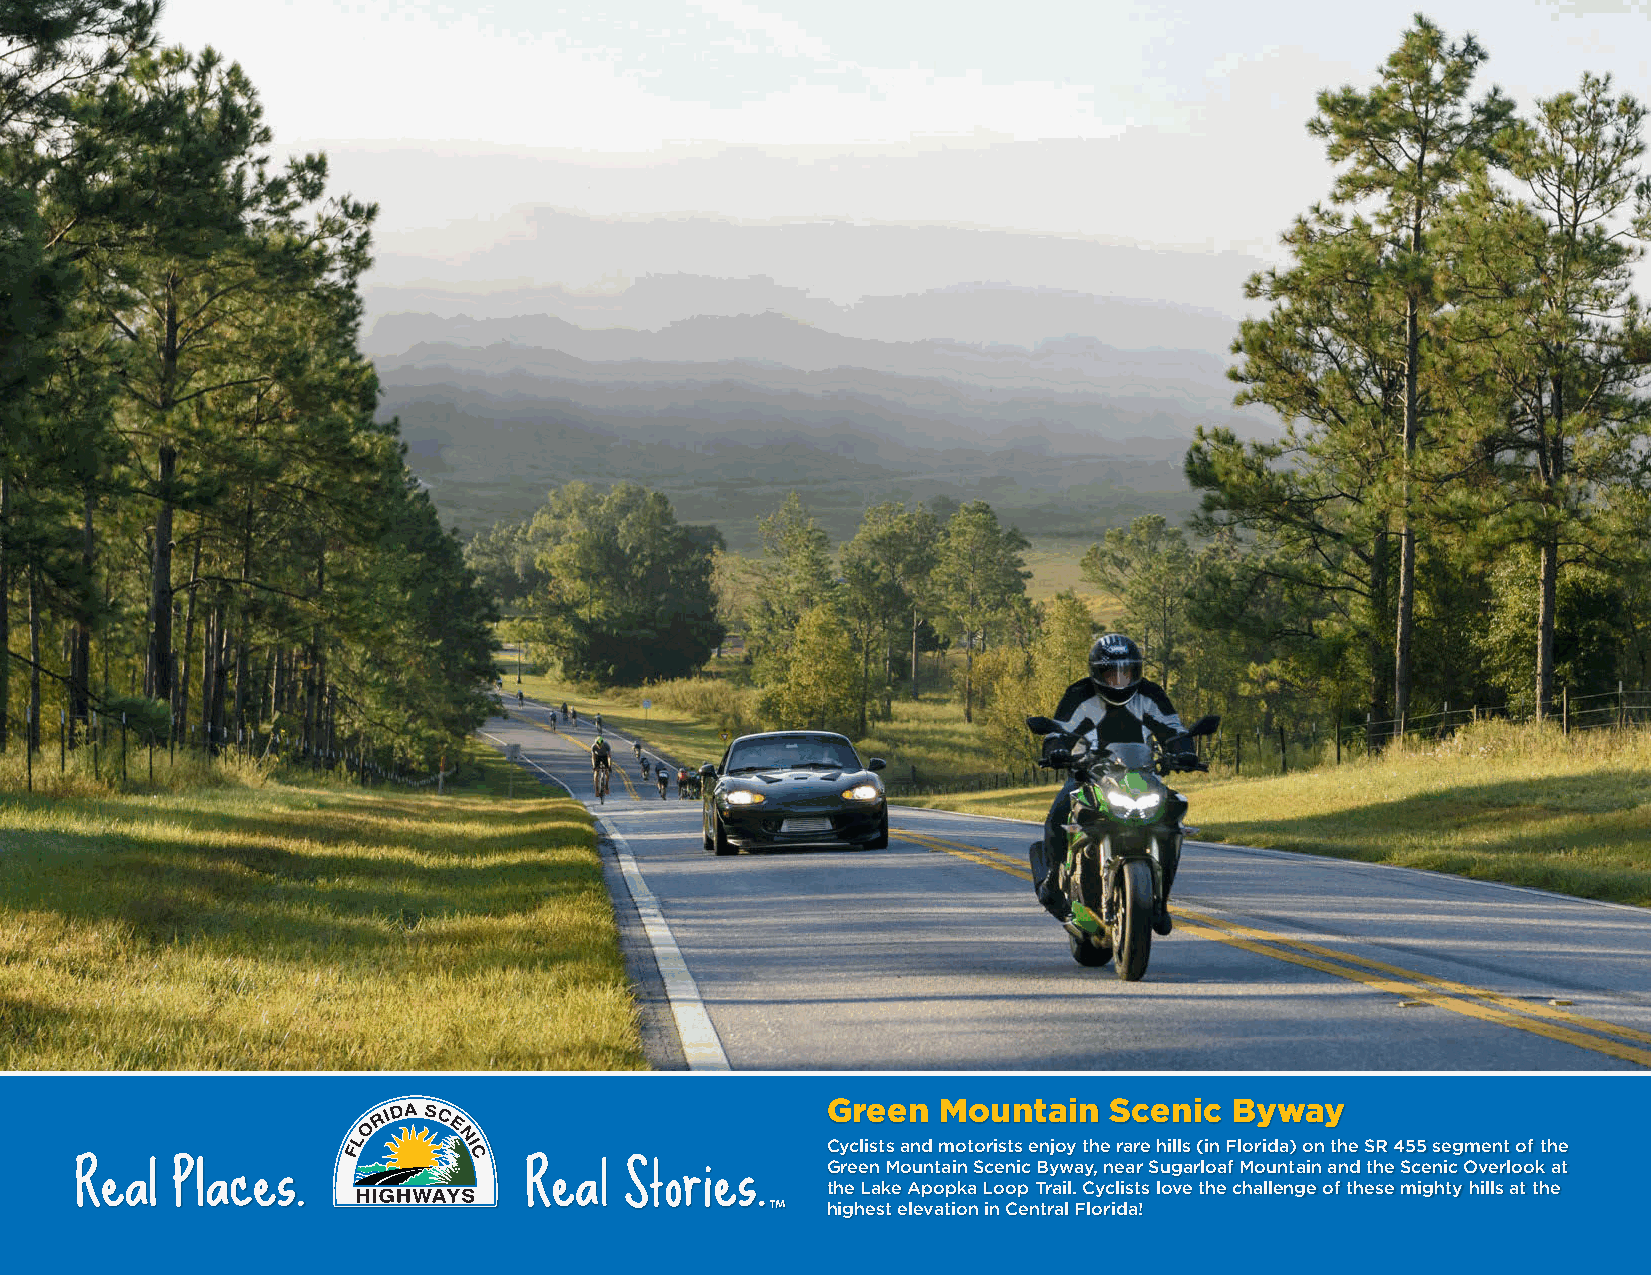
Green  Mountain   Scenic   Byway
 Cyclists and motorists enjoy the rare hills (in Florida) on the SR 455 segment of the
 Green Mountain Scenic Byway, near Sugarloaf Mountain and the Scenic Overlook at
 the Lake Apopka Loop Trail. Cyclists love the challenge of these mighty hills at the
 highest elevation in Central Florida!